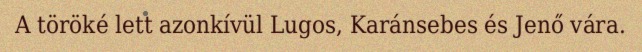
A töröké lett azonkívül Lugos, Karánsebes és Jenő vára.